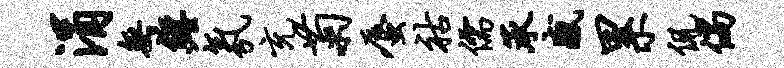
涓无缠氛充菊蜃祜儒承感累侃倘